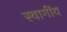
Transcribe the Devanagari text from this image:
स्वागींय